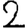
Digit: 2